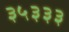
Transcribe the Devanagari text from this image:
३५३३३